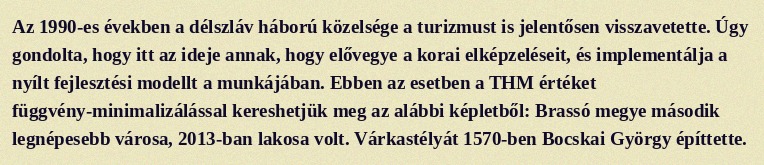
Az 1990-es években a délszláv háború közelsége a turizmust is jelentősen visszavetette. Úgy gondolta, hogy itt az ideje annak, hogy elővegye a korai elképzeléseit, és implementálja a nyílt fejlesztési modellt a munkájában. Ebben az esetben a THM értéket függvény-minimalizálással kereshetjük meg az alábbi képletből: Brassó megye második legnépesebb városa, 2013-ban lakosa volt. Várkastélyát 1570-ben Bocskai György építtette.